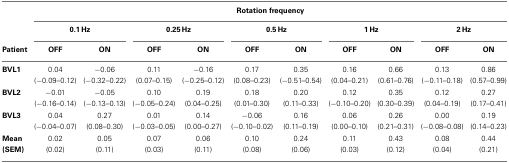
<table><thead><tr><td></td><td colspan="10"><b>Rotation frequency</b></td></tr><tr><td></td><td colspan="2"><b>0.1 Hz</b></td><td colspan="2"><b>0.25 Hz</b></td><td colspan="2"><b>0.5 Hz</b></td><td colspan="2"><b>1 Hz</b></td><td colspan="2"><b>2 Hz</b></td></tr><tr><td><b>Patient</b></td><td><b>OFF</b></td><td><b>ON</b></td><td><b>OFF</b></td><td><b>ON</b></td><td><b>OFF</b></td><td><b>ON</b></td><td><b>OFF</b></td><td><b>ON</b></td><td><b>OFF</b></td><td><b>ON</b></td></tr></thead><tbody><tr><td><b>BVL1</b></td><td>0.04</td><td>−0.06</td><td>0.11</td><td>−0.16</td><td>0.17</td><td>0.35</td><td>0.16</td><td>0.66</td><td>0.13</td><td>0.86</td></tr><tr><td></td><td>(−0.09–0.12)</td><td>(−0.32–0.22)</td><td>(0.07–0.15)</td><td>(−0.25–0.12)</td><td>(0.08–0.23)</td><td>(−0.51–0.54)</td><td>(0.04–0.21)</td><td>(0.61–0.76)</td><td>(−0.11–0.18)</td><td>(0.57–0.99)</td></tr><tr><td><b>BVL2</b></td><td>−0.01</td><td>−0.05</td><td>0.10</td><td>0.19</td><td>0.18</td><td>0.20</td><td>0.12</td><td>0.35</td><td>0.12</td><td>0.27</td></tr><tr><td></td><td>(−0.16–0.14)</td><td>(−0.13–0.13)</td><td>(−0.05–0.24)</td><td>(0.04–0.25)</td><td>(0.01–0.30)</td><td>(0.11–0.33)</td><td>(−0.10–0.20)</td><td>(0.30–0.39)</td><td>(0.04–0.19)</td><td>(0.17–0.41)</td></tr><tr><td><b>BVL3</b></td><td>0.04</td><td>0.27</td><td>0.01</td><td>0.14</td><td>−0.06</td><td>0.16</td><td>0.06</td><td>0.26</td><td>0.00</td><td>0.19</td></tr><tr><td></td><td>(−0.04–0.07)</td><td>(0.08–0.30)</td><td>(−0.03–0.05)</td><td>(0.00–0.27)</td><td>(−0.10–0.02)</td><td>(0.11–0.19)</td><td>(0.00–0.10)</td><td>(0.21–0.31)</td><td>(−0.08–0.08)</td><td>(0.14–0.23)</td></tr><tr><td><b>Mean</b></td><td>0.02</td><td>0.05</td><td>0.07</td><td>0.06</td><td>0.10</td><td>0.24</td><td>0.11</td><td>0.43</td><td>0.08</td><td>0.44</td></tr><tr><td><b>(SEM)</b></td><td>(0.02)</td><td>(0.11)</td><td>(0.03)</td><td>(0.11)</td><td>(0.08)</td><td>(0.06)</td><td>(0.03)</td><td>(0.12)</td><td>(0.04)</td><td>(0.21)</td></tr></tbody></table>